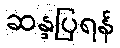
ဆန္ဒပြရန်